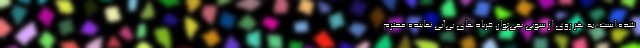
شده است. به هر روي از سويي نمي‌توان فريادهاي بي‌آبي نماينده محترم